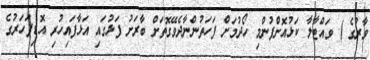
ވާރުގެ ) ވައްޓާލާ ކަޅުއޮށްފުންމި ހޯދުމަށް ފަހަތުންނާދެވޭގޮތަށް ބާރަށު ފަޅުގައި އަޅާފައިހުރި އޮޑިފަހަރުގެ